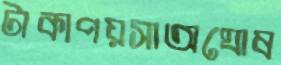
টাকাপয়সাঅঘোষ